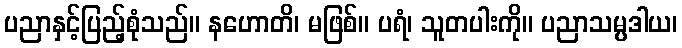
ပညာနှင့်ပြည့်စုံသည်။ နဟောတိ၊ မဖြစ်။ ပရံ၊ သူတပါးကို။ ပညာသမ္ပဒါယ၊